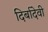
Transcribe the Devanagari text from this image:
दिर्बादेवी